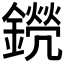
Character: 𨭊